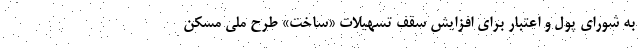
به شورای پول و اعتبار برای افزایش سقف تسهیلات «ساخت» طرح ملی مسکن